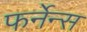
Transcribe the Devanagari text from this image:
फर्नेन्स